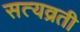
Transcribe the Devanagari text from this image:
सत्यव्रती